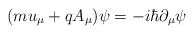
\begin{align*}(mu_\mu +qA_\mu )\psi =-i\hbar \partial _\mu \psi \end{align*}